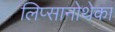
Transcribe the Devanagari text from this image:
लिप्सानोथेका